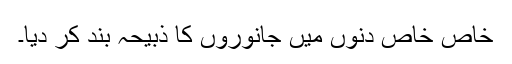
خاص خاص دنوں میں جانوروں کا ذبیحہ بند کر دیا۔